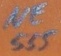
Text: NE555